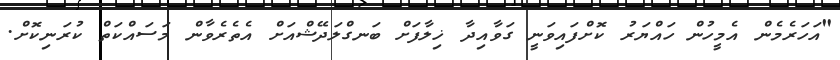
"އަހަރެމެން އެމީހުން ހައްޔަރު ކޮށްފައިވަނީ ގަވާއިދާ ޚިލާފަށް ބަނގްލަދޭޝްއަށް އެތެރެވާން މަސައްކަތް ކުރަނިކޮށް.